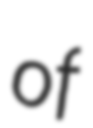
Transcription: of